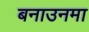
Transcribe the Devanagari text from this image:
बनाउनमा